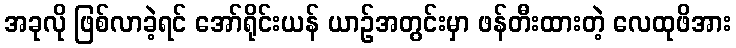
အခုလို ဖြစ်လာခဲ့ရင် အော်ရိုင်းယန် ယာဉ်အတွင်းမှာ ဖန်တီးထားတဲ့ လေထုဖိအား